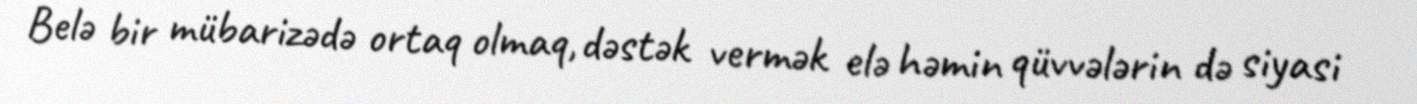
Belə bir mübarizədə ortaq olmaq, dəstək vermək elə həmin qüvvələrin də siyasi